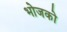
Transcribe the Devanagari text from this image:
भोजको